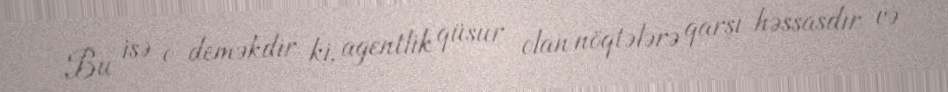
Bu isə o deməkdir ki, agentlik qüsur olan nöqtələrə qarşı həssasdır və